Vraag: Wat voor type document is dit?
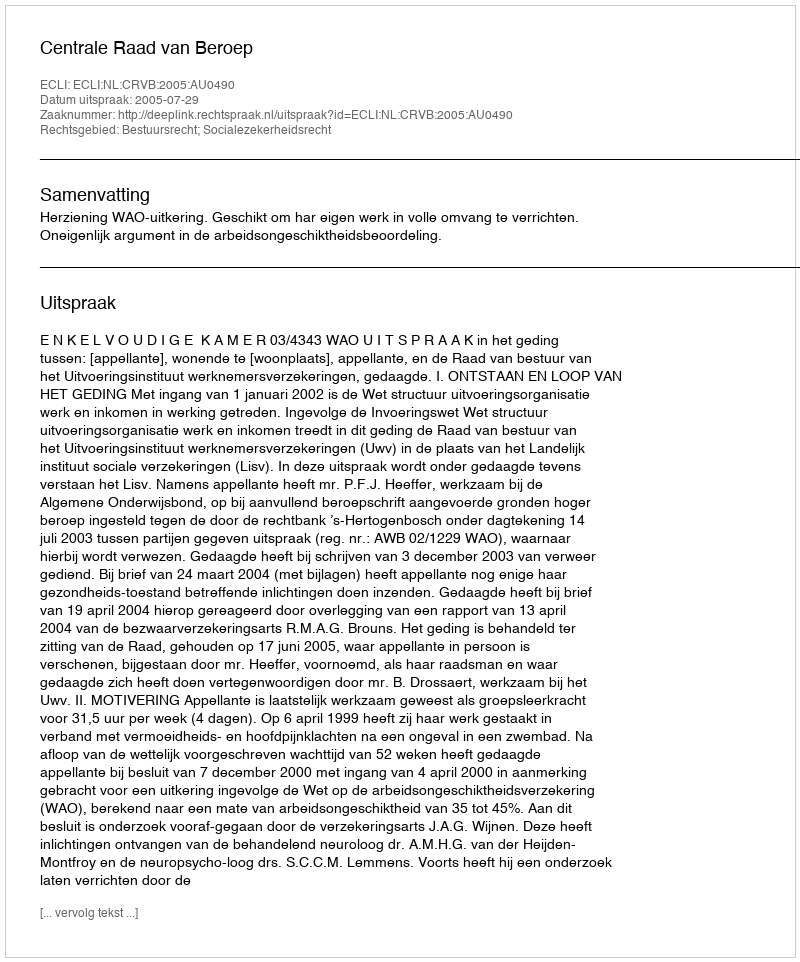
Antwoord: Uitspraak